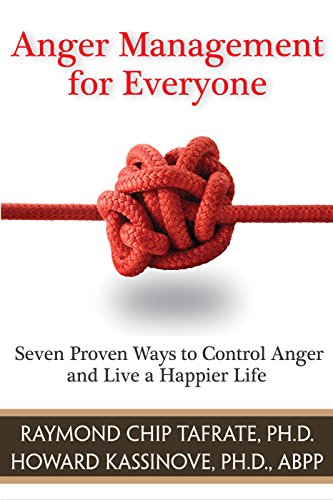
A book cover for Anger Management for Everyone: Seven Proven Ways to Control Anger and Live a Happier Life; Raymond Chip Tafrate Ph.D; Self-Help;